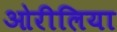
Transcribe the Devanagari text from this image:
ओरीलिया